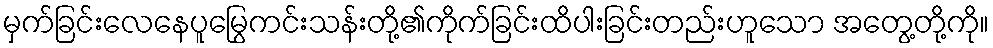
မှက်ခြင်းလေနေပူမြွေကင်းသန်းတို့၏ကိုက်ခြင်းထိပါးခြင်းတည်းဟူသော အတွေ့တို့ကို။